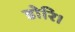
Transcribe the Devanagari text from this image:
डोरि।